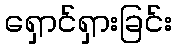
ရှောင်ရှားခြင်း